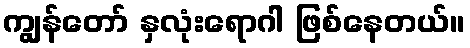
ကျွန်တော် နှလုံးရောဂါ ဖြစ်နေတယ်။